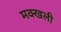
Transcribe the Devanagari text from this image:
मक्खली